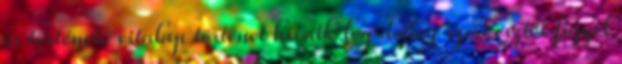
és története vitalap történet hivatk log dellog szerkesztés figyel